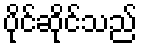
ပိုင်ဆိုင်သည်